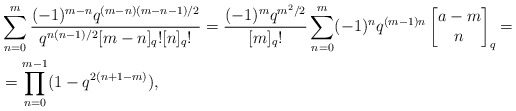
\begin{align*}&\sum_{n=0}^m \frac{(-1)^{m-n} q^{(m-n)(m-n-1)/2}}{q^{n(n-1)/2} [m-n]_q! [n]_q!}= \frac{(-1)^m q^{m^2/2}}{[m]_q !} \sum_{n=0}^m (-1)^n q^{(m-1)n} \begin{bmatrix}a-m\\n\end{bmatrix}_q =\\&= \prod_{n=0}^{m-1} ( 1- q^{2(n+1 -m)}),\end{align*}